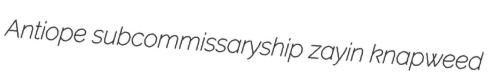
Antiope subcommissaryship zayin knapweed